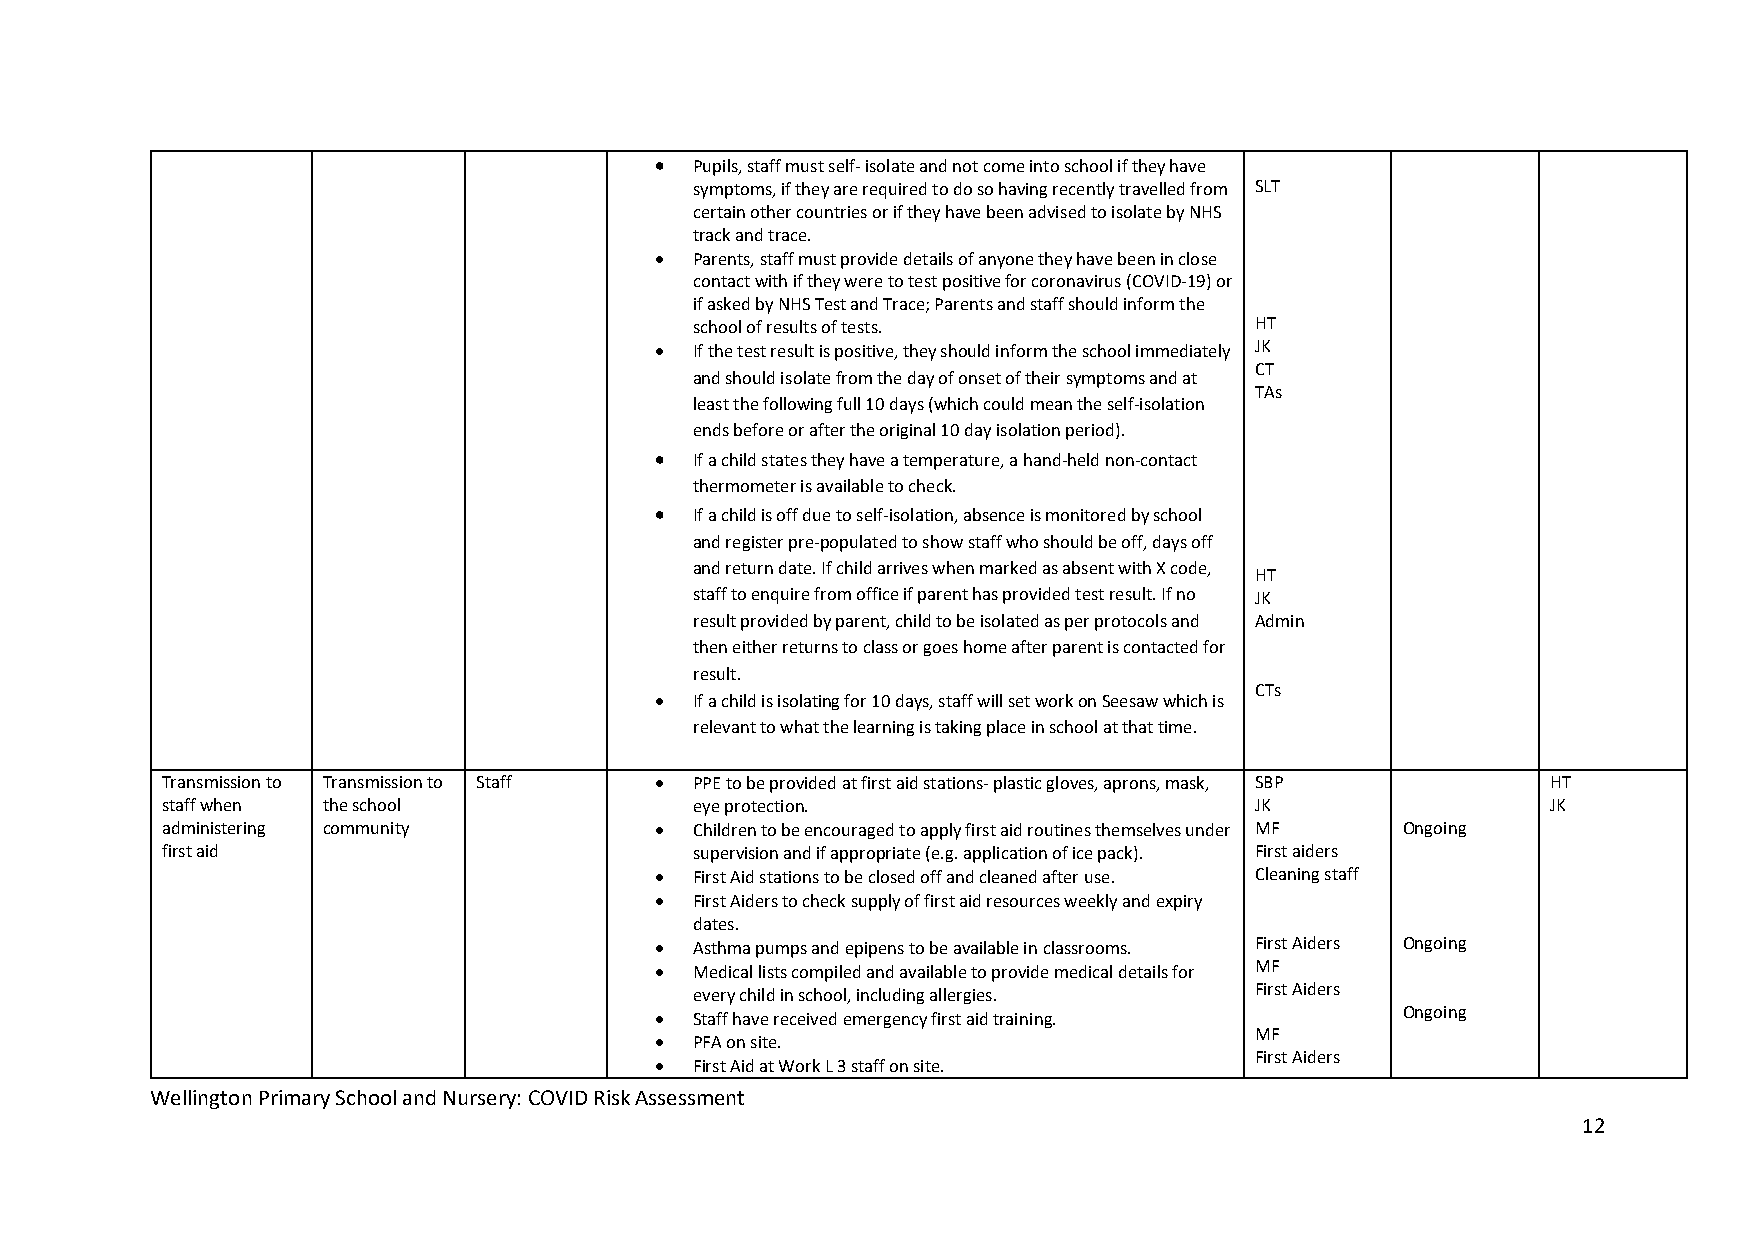
  Pupils, staff must self- isolate and not come into school if they have
 symptoms, if they are required to do so having recently travelled from SLT
 certain other countries or if they have been advised to isolate by NHS
 track and trace.
   Parents, staff must provide details of anyone they have been in close
 contact with if they were to test positive for coronavirus (COVID-19) or
 if asked by NHS Test and Trace; Parents and staff should inform the
 school of results of tests.          HT
   If the test result is positive, they should inform the school immediately JK
 CT
 and should isolate from the day of onset of their symptoms and at
 TAs
 least the following full 10 days (which could mean the self-isolation
 ends before or after the original 10 day isolation period).
   If a child states they have a temperature, a hand-held non-contact
 thermometer is available to check.
   If a child is off due to self-isolation, absence is monitored by school
 and register pre-populated to show staff who should be off, days off
 and return date. If child arrives when marked as absent with X code,
 HT
 staff to enquire from office if parent has provided test result. If no JK
 result provided by parent, child to be isolated as per protocols and Admin
 then either returns to class or goes home after parent is contacted for
 result.
 CTs
   If a child is isolating for 10 days, staff will set work on Seesaw which is
 relevant to what the learning is taking place in school at that time.
 Transmission to Transmission to Staff  PPE to be provided at first aid stations- plastic gloves, aprons, mask, SBP HT
 staff when the school              eye protection.                      JK                  JK
 administering community           Children to be encouraged to apply first aid routines themselves under MF Ongoing
 first aid                          supervision and if appropriate (e.g. application of ice pack). First aiders
   First Aid stations to be closed off and cleaned after use. Cleaning staff
   First Aiders to check supply of first aid resources weekly and expiry
 dates.
   Asthma pumps and epipens to be available in classrooms. First Aiders Ongoing
   Medical lists compiled and available to provide medical details for MF
 every child in school, including allergies. First Aiders
   Staff have received emergency first aid training.
 Ongoing
 MF
   PFA on site.
 First Aiders
   First Aid at Work L 3 staff on site.
 Wellington Primary School and Nursery: COVID Risk Assessment
 12